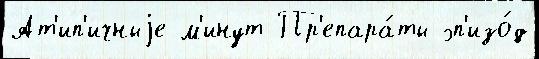
Ат'ип'ичныjе м'инут Пр'епара́ты эп'изо́д